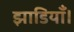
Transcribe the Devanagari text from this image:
झाडियाँ।